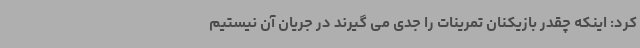
کرد: اینکه چقدر بازیکنان تمرینات را جدی می گیرند در جریان آن نیستیم